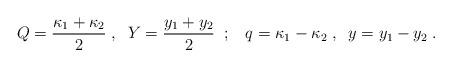
LaTeX: \begin{align*}Q={\kappa_1+\kappa_2 \over 2} \;,\;\;Y={y_1+y_2 \over 2} \;\;;\;\;\;q=\kappa_1-\kappa_2 \;,\;\;y=y_1-y_2 \;.\end{align*}